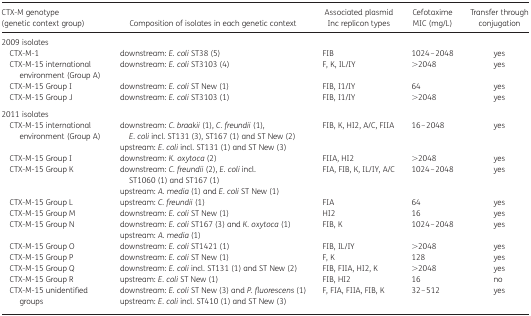
<table><thead><tr><td><b>CTX-M genotype (genetic context group)</b></td><td><b>Composition of isolates in each genetic context</b></td><td><b>Associated plasmid Inc replicon types</b></td><td><b>Cefotaxime MIC (mg/L)</b></td><td><b>Transfer through conjugation</b></td></tr></thead><tbody><tr><td colspan="5">2009 isolates</td></tr><tr><td> CTX-M-1</td><td>downstream: <i>E. coli</i> ST38 (5)</td><td>FIB</td><td>1024–2048</td><td>yes</td></tr><tr><td> CTX-M-15 international environment (Group A)</td><td>downstream: <i>E. coli</i> ST3103 (4)</td><td>F, K, IL/IY</td><td>&gt;2048</td><td>yes</td></tr><tr><td> CTX-M-15 Group I</td><td>downstream: <i>E. coli</i> ST New (1)</td><td>FIB, I1/IY</td><td>64</td><td>yes</td></tr><tr><td> CTX-M-15 Group J</td><td>downstream: <i>E. coli</i> ST3103 (1)</td><td>FIB, I1/IY</td><td>&gt;2048</td><td>yes</td></tr><tr><td colspan="5">2011 isolates</td></tr><tr><td rowspan="2"> CTX-M-15 international environment (Group A)</td><td>downstream: <i>C. braakii</i> (1), <i>C. freundii</i> (1), <i>E. coli</i> incl. ST131 (3), ST167 (1) and ST New (2)</td><td rowspan="2">FIB, K, HI2, A/C, FIIA</td><td rowspan="2">16–2048</td><td rowspan="2">yes</td></tr><tr><td>upstream: <i>E. coli</i> incl. ST131 (1) and ST New (3)</td></tr><tr><td> CTX-M-15 Group I</td><td>downstream: <i>K. oxytoca</i> (2)</td><td>FIIA, HI2</td><td>&gt;2048</td><td>yes</td></tr><tr><td rowspan="2"> CTX-M-15 Group K</td><td>downstream: <i>C. freundii</i> (2), <i>E. coli</i> incl. ST1060 (1) and ST167 (1)</td><td rowspan="2">FIA, FIB, K, IL/IY, A/C</td><td rowspan="2">1024–2048</td><td rowspan="2">yes</td></tr><tr><td>upstream: <i>A. media</i> (1) and <i>E. coli</i> ST New (1)</td></tr><tr><td> CTX-M-15 Group L</td><td>upstream: <i>C. freundii</i> (1)</td><td>FIA</td><td>64</td><td>yes</td></tr><tr><td> CTX-M-15 Group M</td><td>downstream: <i>E. coli</i> ST New (1)</td><td>HI2</td><td>16</td><td>yes</td></tr><tr><td rowspan="2"> CTX-M-15 Group N</td><td>downstream: <i>E. coli</i> ST167 (3) and <i>K. oxytoca</i> (1)</td><td rowspan="2">FIB, K</td><td rowspan="2">1024–2048</td><td rowspan="2">yes</td></tr><tr><td>upstream: <i>A. media</i> (1)</td></tr><tr><td> CTX-M-15 Group O</td><td>downstream: <i>E. coli</i> ST1421 (1)</td><td>FIB, IL/IY</td><td>&gt;2048</td><td>yes</td></tr><tr><td> CTX-M-15 Group P</td><td>downstream: <i>E. coli</i> ST New (1)</td><td>F, K</td><td>128</td><td>yes</td></tr><tr><td> CTX-M-15 Group Q</td><td>downstream: <i>E. coli</i> incl. ST131 (1) and ST New (2)</td><td>FIB, FIIA, HI2, K</td><td>&gt;2048</td><td>yes</td></tr><tr><td> CTX-M-15 Group R</td><td>upstream: <i>E. coli</i> ST New (1)</td><td>FIB, HI2</td><td>16</td><td>no</td></tr><tr><td rowspan="2"> CTX-M-15 unidentified groups</td><td>downstream: <i>E. coli</i> ST New (3) and <i>P. fluorescens</i> (1)</td><td rowspan="2">F, FIA, FIIA, FIB, K</td><td rowspan="2">32–512</td><td rowspan="2">yes</td></tr><tr><td>upstream: <i>E. coli</i> incl. ST410 (1) and ST New (3)</td></tr></tbody></table>